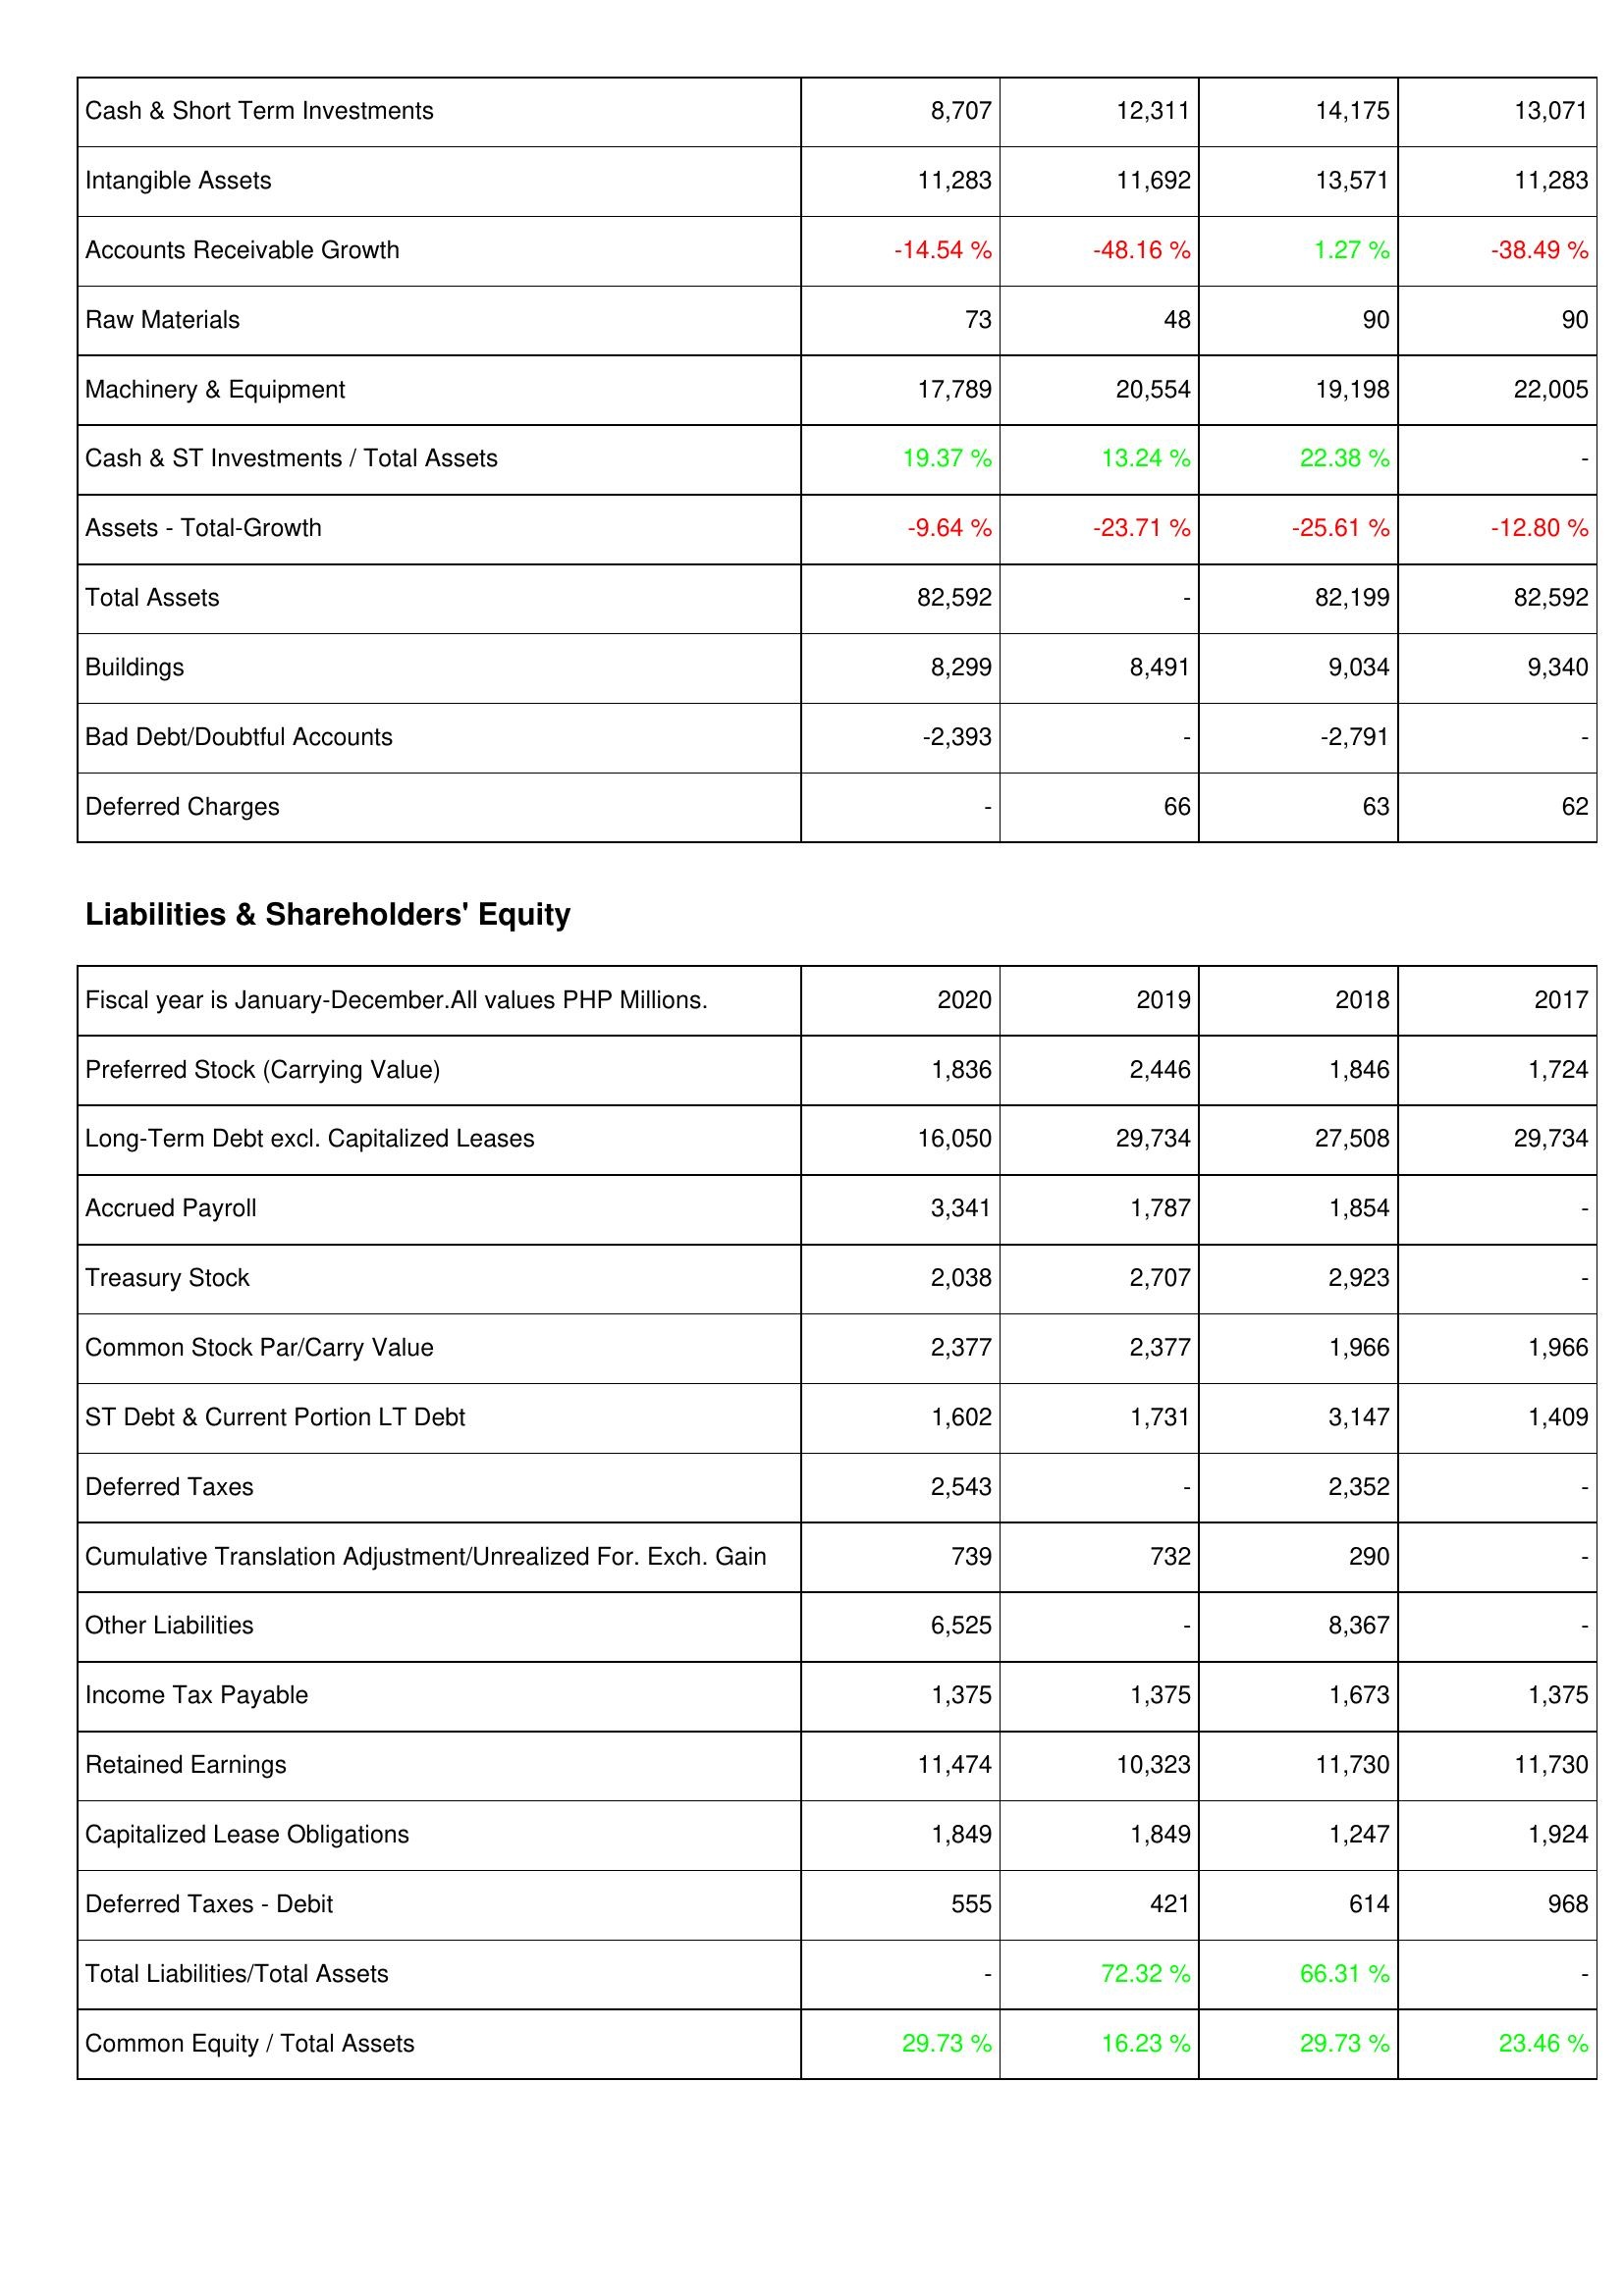
2020: Assets: Cash & Short Term Investments: 8,707
Intangible Assets: 11,283
Accounts Receivable Growth: -14.54 %
Raw Materials: 73
Machinery & Equipment: 17,789
Cash & ST Investments / Total Assets: 19.37 %
Assets - Total-Growth: -9.64 %
Total Assets: 82,592
Buildings: 8,299
Bad Debt/Doubtful Accounts: -2,393
Deferred Charges: -
Liabilities & Shareholders' Equity: Preferred Stock (Carrying Value): 1,836
Long-Term Debt excl. Capitalized Leases: 16,050
Accrued Payroll: 3,341
Treasury Stock: 2,038
Common Stock Par/Carry Value: 2,377
ST Debt & Current Portion LT Debt: 1,602
Deferred Taxes: 2,543
Cumulative Translation Adjustment/Unrealized For. Exch. Gain: 739
Other Liabilities: 6,525
Income Tax Payable: 1,375
Retained Earnings: 11,474
Capitalized Lease Obligations: 1,849
Deferred Taxes - Debit: 555
Total Liabilities/Total Assets: -
Common Equity / Total Assets: 29.73 %
2019: Assets: Cash & Short Term Investments: 12,311
Intangible Assets: 11,692
Accounts Receivable Growth: -48.16 %
Raw Materials: 48
Machinery & Equipment: 20,554
Cash & ST Investments / Total Assets: 13.24 %
Assets - Total-Growth: -23.71 %
Total Assets: -
Buildings: 8,491
Bad Debt/Doubtful Accounts: -
Deferred Charges: 66
Liabilities & Shareholders' Equity: Preferred Stock (Carrying Value): 2,446
Long-Term Debt excl. Capitalized Leases: 29,734
Accrued Payroll: 1,787
Treasury Stock: 2,707
Common Stock Par/Carry Value: 2,377
ST Debt & Current Portion LT Debt: 1,731
Deferred Taxes: -
Cumulative Translation Adjustment/Unrealized For. Exch. Gain: 732
Other Liabilities: -
Income Tax Payable: 1,375
Retained Earnings: 10,323
Capitalized Lease Obligations: 1,849
Deferred Taxes - Debit: 421
Total Liabilities/Total Assets: 72.32 %
Common Equity / Total Assets: 16.23 %
2018: Assets: Cash & Short Term Investments: 14,175
Intangible Assets: 13,571
Accounts Receivable Growth: 1.27 %
Raw Materials: 90
Machinery & Equipment: 19,198
Cash & ST Investments / Total Assets: 22.38 %
Assets - Total-Growth: -25.61 %
Total Assets: 82,199
Buildings: 9,034
Bad Debt/Doubtful Accounts: -2,791
Deferred Charges: 63
Liabilities & Shareholders' Equity: Preferred Stock (Carrying Value): 1,846
Long-Term Debt excl. Capitalized Leases: 27,508
Accrued Payroll: 1,854
Treasury Stock: 2,923
Common Stock Par/Carry Value: 1,966
ST Debt & Current Portion LT Debt: 3,147
Deferred Taxes: 2,352
Cumulative Translation Adjustment/Unrealized For. Exch. Gain: 290
Other Liabilities: 8,367
Income Tax Payable: 1,673
Retained Earnings: 11,730
Capitalized Lease Obligations: 1,247
Deferred Taxes - Debit: 614
Total Liabilities/Total Assets: 66.31 %
Common Equity / Total Assets: 29.73 %
2017: Assets: Cash & Short Term Investments: 13,071
Intangible Assets: 11,283
Accounts Receivable Growth: -38.49 %
Raw Materials: 90
Machinery & Equipment: 22,005
Cash & ST Investments / Total Assets: -
Assets - Total-Growth: -12.80 %
Total Assets: 82,592
Buildings: 9,340
Bad Debt/Doubtful Accounts: -
Deferred Charges: 62
Liabilities & Shareholders' Equity: Preferred Stock (Carrying Value): 1,724
Long-Term Debt excl. Capitalized Leases: 29,734
Accrued Payroll: -
Treasury Stock: -
Common Stock Par/Carry Value: 1,966
ST Debt & Current Portion LT Debt: 1,409
Deferred Taxes: -
Cumulative Translation Adjustment/Unrealized For. Exch. Gain: -
Other Liabilities: -
Income Tax Payable: 1,375
Retained Earnings: 11,730
Capitalized Lease Obligations: 1,924
Deferred Taxes - Debit: 968
Total Liabilities/Total Assets: -
Common Equity / Total Assets: 23.46 %